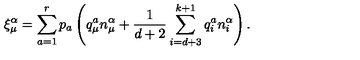
\xi _ { \mu } ^ { \alpha } = \sum _ { a = 1 } ^ { r } p _ { a } \left( q _ { \mu } ^ { a } n _ { \mu } ^ { \alpha } + \frac { 1 } { d + 2 } \sum _ { i = d + 3 } ^ { k + 1 } q _ { i } ^ { a } n _ { i } ^ { \alpha } \right) .